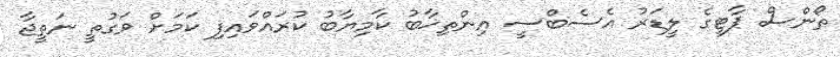
ތޯންސް ޕާޓީގެ ލީޑަރު އެސެބްސީ އިންތިޚާބު ކާމިޔާބު ކުރައްވައިފި ކަމަށް ވަގުތީ ނަތީޖާ